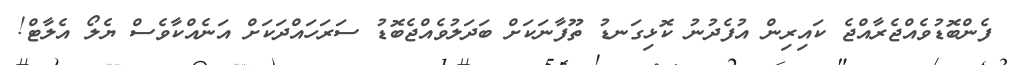
ފެންބޮޑުވެއްޖެރާއްޖެ ކައިރިން އުފެދުނު ކޮޅިގަނޑު ތޫފާނަކަށް ބަދަލުވެއްޖެބޮޑު ސަރަހައްދަކަށް އަނެއްކާވެސް ޔެލޯ އެލާޓް!